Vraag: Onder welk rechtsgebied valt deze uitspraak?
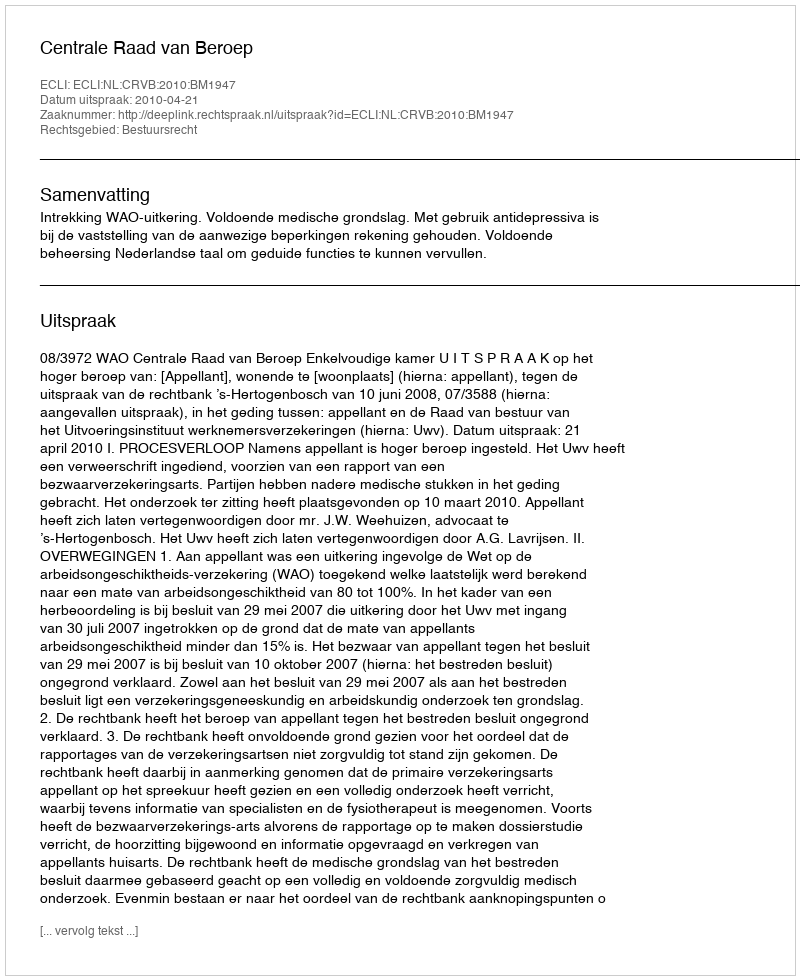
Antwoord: Bestuursrecht